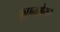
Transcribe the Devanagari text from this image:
फ़ुएनमेयर